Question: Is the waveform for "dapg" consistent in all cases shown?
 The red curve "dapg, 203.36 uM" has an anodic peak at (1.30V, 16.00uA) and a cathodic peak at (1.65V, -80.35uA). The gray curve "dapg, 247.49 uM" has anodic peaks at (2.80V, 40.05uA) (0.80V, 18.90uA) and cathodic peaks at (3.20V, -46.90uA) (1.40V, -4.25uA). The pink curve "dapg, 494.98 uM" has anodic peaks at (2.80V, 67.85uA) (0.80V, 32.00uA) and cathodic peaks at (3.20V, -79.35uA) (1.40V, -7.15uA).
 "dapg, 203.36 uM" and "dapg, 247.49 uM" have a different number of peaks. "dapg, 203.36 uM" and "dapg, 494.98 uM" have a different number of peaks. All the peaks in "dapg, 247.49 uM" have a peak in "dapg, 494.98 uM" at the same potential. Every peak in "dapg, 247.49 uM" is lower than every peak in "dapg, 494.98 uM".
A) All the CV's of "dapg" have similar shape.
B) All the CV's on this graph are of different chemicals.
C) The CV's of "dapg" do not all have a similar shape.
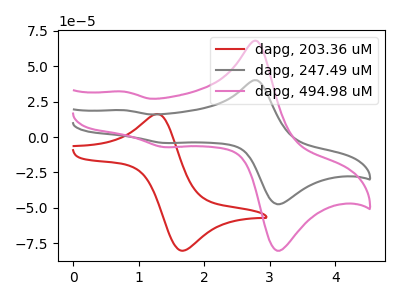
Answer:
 <answer>A) All the CV's of "dapg" have similar shape.</answer>
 <eval>A</eval>